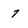
Character: 7